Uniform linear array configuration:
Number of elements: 16
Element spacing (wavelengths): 0.75
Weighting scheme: hamming
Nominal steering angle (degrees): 60
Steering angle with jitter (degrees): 59.265
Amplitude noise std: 0.05
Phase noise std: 0.05

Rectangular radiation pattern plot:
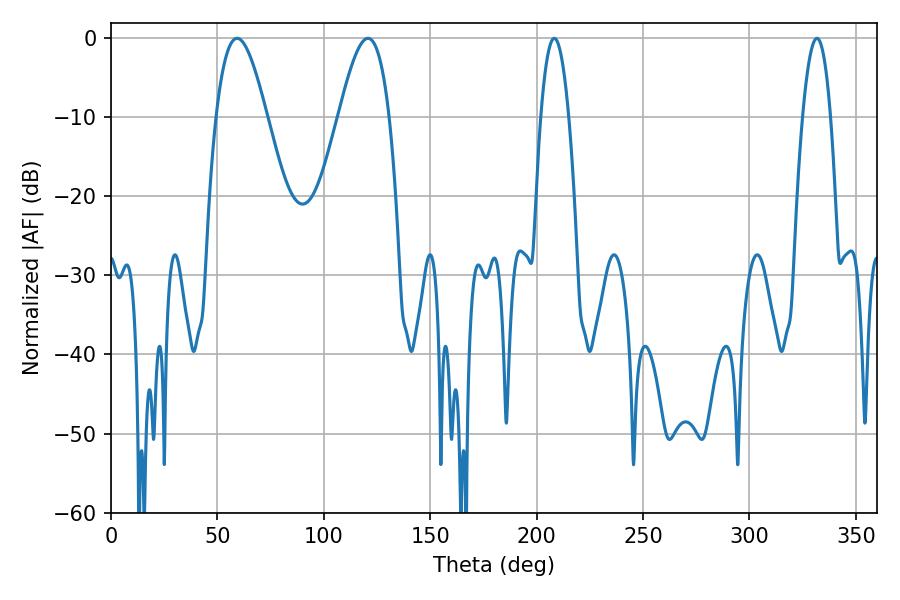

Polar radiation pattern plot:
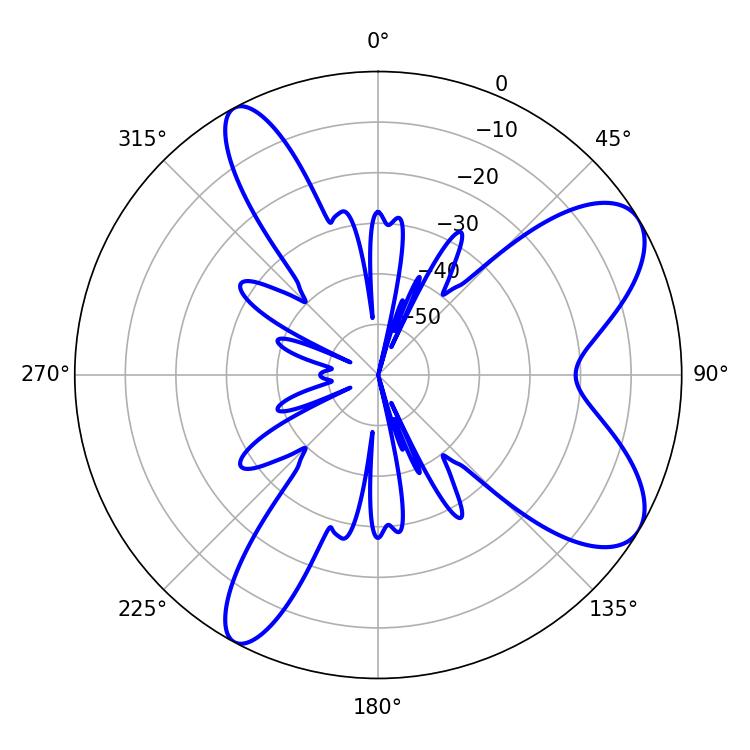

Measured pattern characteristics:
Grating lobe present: TRUE
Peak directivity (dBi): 8.254
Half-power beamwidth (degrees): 12.78
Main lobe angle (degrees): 59.22